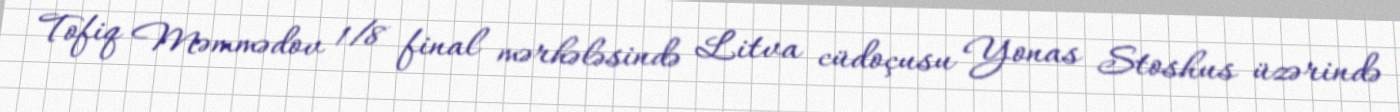
Tofiq Məmmədov 1/8 final mərhələsində Litva cüdoçusu Yonas Stoshus üzərində